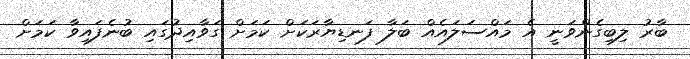
ބާރު ލިބިގެންވަނީ އެ މައްސަލައެއް ބަލާ ފަނޑިޔާރަކަށް ކަމަށް ގަވާއިދުގައި ބުނެފައިވާ ކަމަށް